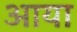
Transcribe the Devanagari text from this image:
अाया